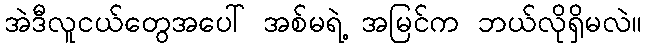
အဲဒီလူငယ်တွေအပေါ် အစ်မရဲ့ အမြင်က ဘယ်လိုရှိမလဲ။